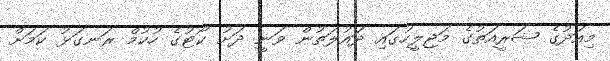
މިއަދުގެ ޝަރީއަތުގެ މަޖިލީހުގައި ދައުލަތުން ވަނީ ދަށު ކޯޓުގެ ހުކުމް ރަނގަޅު ކަމަށް